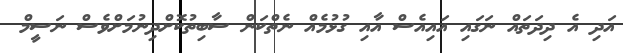
އަދި އެ ދިދަތައް ނަގައި އައިއެސް އާއި ގުޅުމެއް ނެތްކަން ސާބިތުކޮށްދިނުމަށްވެސް ނަސީމް